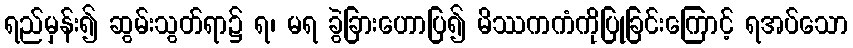
ရည်မှန်း၍ ဆွမ်းသွတ်ရာ၌ ရ၊ မရ ခွဲခြားဟောပြ၍ မိဿကကံကိုပြုခြင်းကြောင့် ရအပ်သော